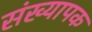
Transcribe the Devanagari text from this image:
संख्यापक